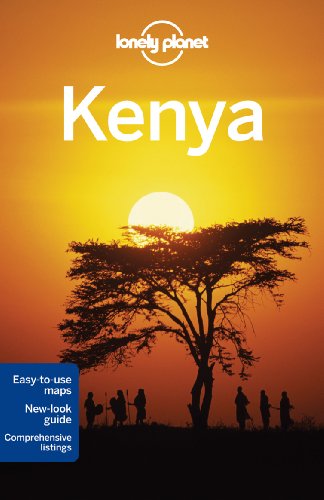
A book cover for Lonely Planet Kenya (Travel Guide); Lonely Planet; Travel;